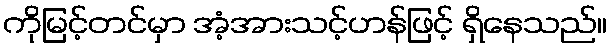
ကိုမြင့်တင်မှာ အံ့အားသင့်ဟန်ဖြင့် ရှိနေသည်။